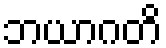
ဘယာဂတိ